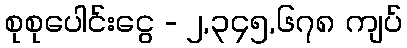
စုစုပေါင်းငွေ - ၂,၃၄၅,၆၇၈ ကျပ်